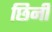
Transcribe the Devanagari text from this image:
छिनी